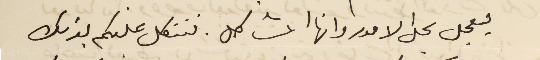
ليعجل بحل الامور وانها المشاكل. فنتكل عليكم بذلك